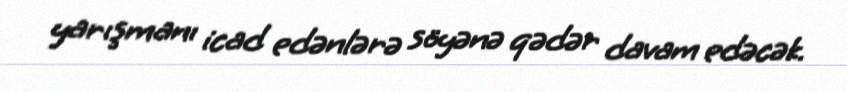
yarışmanı icad edənlərə söyənə qədər davam edəcək.